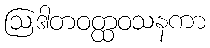
ဩဒါတဝတ္ထဝသနကာ